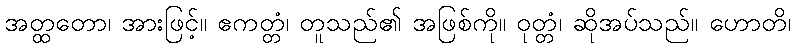
အတ္ထတော၊ အားဖြင့်။ ဧကတ္တံ၊ တူသည်၏ အဖြစ်ကို။ ဝုတ္တံ၊ ဆိုအပ်သည်။ ဟောတိ၊